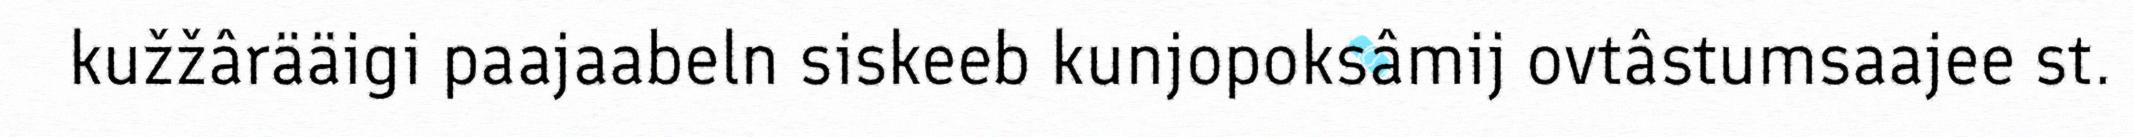
kužžârääigi paajaabeln siskeeb kunjopoksâmij ovtâstumsaajee st.